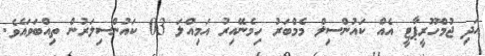
އަދި ޖުމްހޫރީޕާޓީ އެއް ކައުންސިލް މެމްބަރު ހިމެނޭއިރު އަމިއްލަ 03 ކައުންސިލަރުން ތިއްބަވައެވެ.